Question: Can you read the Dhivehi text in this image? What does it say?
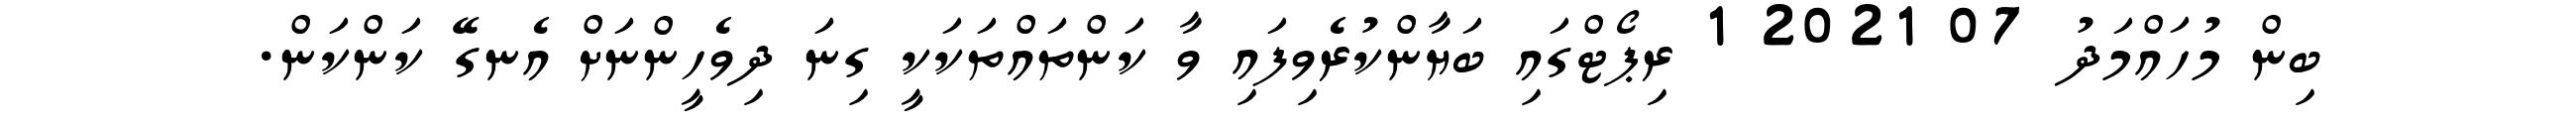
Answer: ބިން މުހައްމަދު 07 2021 1 ރިޕޯޓްގައި ބަޔާންކުރެވިފައި ވާ ކަންތައްތަކަކީ ގިނަ ދިވެހީންނަށް އެނގޭ ކަންކަން.